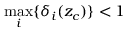
\operatorname* { m a x } _ { i } \{ \delta _ { i } ( z _ { c } ) \} < 1